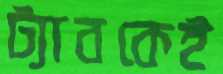
ট্যাবকেই